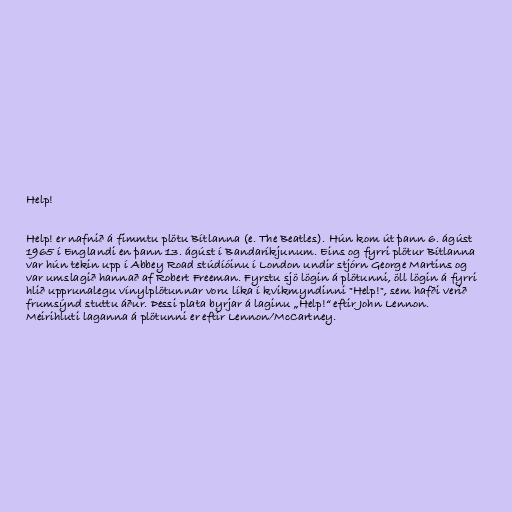
Help!

Help! er nafnið á fimmtu plötu Bítlanna (e. The Beatles). Hún kom út þann 6. ágúst
1965 í Englandi en þann 13. ágúst í Bandaríkjunum. Eins og fyrri plötur Bítlanna
var hún tekin upp í Abbey Road stúdíóinu í London undir stjórn George Martins og
var umslagið hannað af Robert Freeman. Fyrstu sjö lögin á plötunni, öll lögin á fyrri
hlið upprunalegu vínylplötunnar voru líka í kvikmyndinni "Help!", sem hafði verið
frumsýnd stuttu áður. Þessi plata byrjar á laginu „Help!“ eftir John Lennon.
Meirihluti laganna á plötunni er eftir Lennon/McCartney.